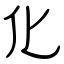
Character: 化